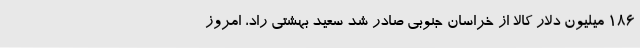
186 میلیون دلار کالا از خراسان جنوبی صادر شد سعید بهشتی راد، امروز